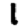
Digit: 1